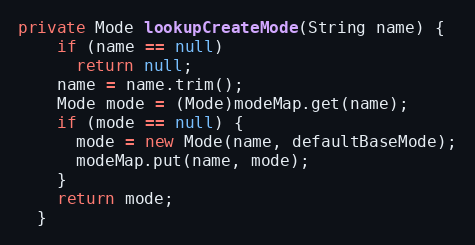
Language: Java
private Mode lookupCreateMode(String name) {
    if (name == null)
      return null;
    name = name.trim();
    Mode mode = (Mode)modeMap.get(name);
    if (mode == null) {
      mode = new Mode(name, defaultBaseMode);
      modeMap.put(name, mode);
    }
    return mode;
  }